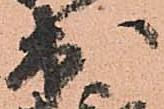
出